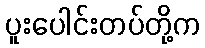
ပူးပေါင်းတပ်တို့က